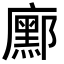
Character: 𭚆